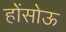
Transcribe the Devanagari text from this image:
होंसोऊ